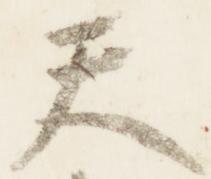
天